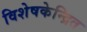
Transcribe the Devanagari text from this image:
विशेषकेन्द्रित